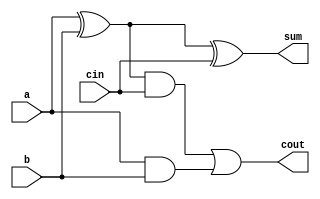
module full_adder(sum, cout, a, b, cin);
	input a, b, cin;
	output sum, cout;
	
	wire xorab_out;
	wire and1_out, and2_out;
	
	xor xor1(xorab_out, a, b);
	xor xor2(sum, xorab_out, cin);
	
	and and1(and1_out, xorab_out, cin);
	and and2(and2_out, a, b);
	or or1(cout, and1_out, and2_out);
endmodule